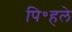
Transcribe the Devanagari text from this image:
पि॰हले